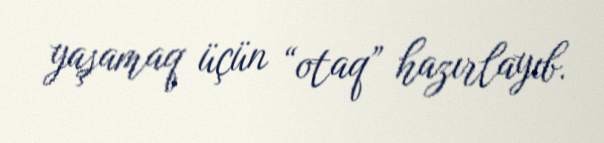
yaşamaq üçün “otaq” hazırlayıb.